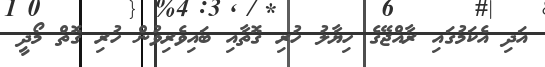
އަދި އެކަމުގައި ރާއްޖޭގެ ހިޔާލު ހުރި ގޮތާއި ބައިވެރިވުން ހުރި ގޮތް މޯދީ